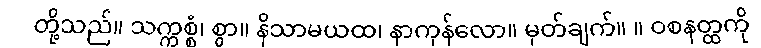
တို့သည်။ သက္ကစ္စံ၊ စွာ။ နိသာမယထ၊ နာကုန်လော။ မှတ်ချက်။ ။ ဝစနတ္ထကို